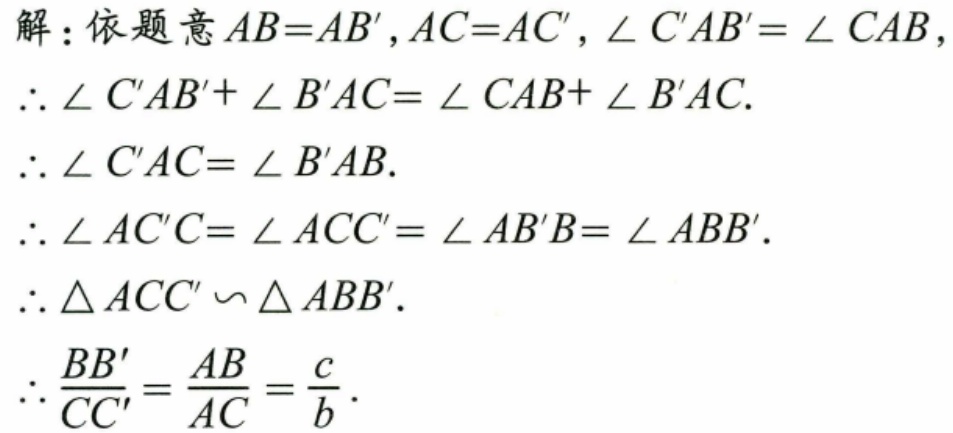
解：依题意\(AB = AB'\)，\(AC = AC'\)，\(\angle C'AB'=\angle CAB\)，
\(\therefore\angle C'AB'+\angle B'AC=\angle CAB+\angle B'AC\).
\(\therefore\angle C'AC=\angle B'AB\).
\(\therefore\angle AC'C=\angle ACC'=\angle AB'B=\angle ABB'\).
\(\therefore\triangle ACC'\backsim\triangle ABB'\).
\(\therefore\frac{BB'}{CC'}=\frac{AB}{AC}=\frac{c}{b}\).